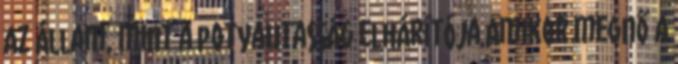
Az állam, mint a potyautasság elhárítója Amikor megnő a